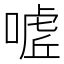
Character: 𭊌